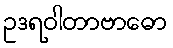
ဥဒရဝါတာဗာဓော